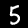
Digit: 5